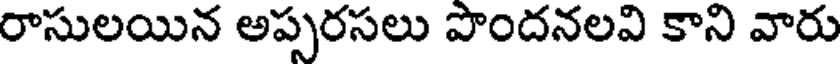
రాసులయిన అప్పరసలు పొందనలవి కాని వారు